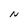
Character: N